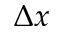
\Delta x